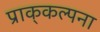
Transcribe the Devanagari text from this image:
प्राक्‌कल्पना